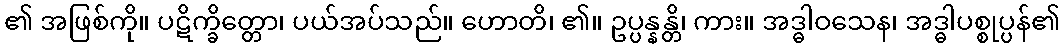
၏ အဖြစ်ကို။ ပဋိက္ခိတ္တော၊ ပယ်အပ်သည်။ ဟောတိ၊ ၏။ ဥပ္ပန္နန္တိ၊ ကား။ အဒ္ဓါဝသေန၊ အဒ္ဓါပစ္စုပ္ပန်၏